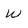
Character: W